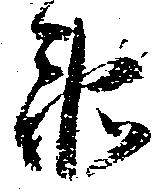
衛